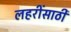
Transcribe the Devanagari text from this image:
लहरींसाठी